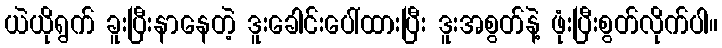
ယဲယိုရွက် ခူးပြီးနာနေတဲ့ ဒူးခေါင်းပေါ်ထားပြီး ဒူးအစွတ်နဲ့ ဖုံးပြီးစွတ်လိုက်ပါ။